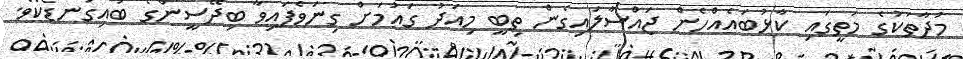
މުދާތަކުގެ މަތީގައި ކާޅުބައެއްހެން ޖައްސާލައިގެން ތިބީ މިއަދު ގައުމަށް ގިނަވެފައިވާ ބިދޭސީންގެ ބައިގަނޑެކެވެ.